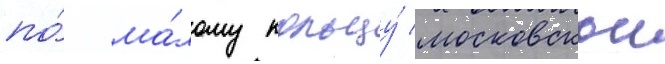
по́ ма́лому кольцу́ московскои